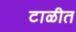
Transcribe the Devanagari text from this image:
टाळीत